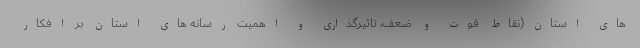
های استان(نقاط قوت و ضعف، تاثیرگذاری و اهمیت رسانه های استان بر افکار